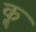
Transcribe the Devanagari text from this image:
कॣ